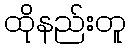
ထိုနည်းတူ